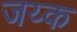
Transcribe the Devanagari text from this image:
जय्क